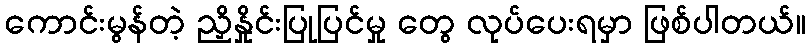
ကောင်းမွန်တဲ့ ညှိနှိုင်းပြုပြင်မှု တွေ လုပ်ပေးရမှာ ဖြစ်ပါတယ်။